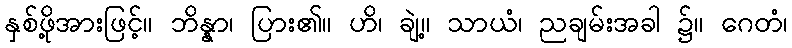
နှစ်ဖို့အားဖြင့်။ ဘိန္နာ၊ ပြား၏။ ဟိ၊ ချဲ့။ သာယံ၊ ညချမ်းအခါ ၌။ ဂေတံ၊